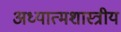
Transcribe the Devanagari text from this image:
अध्यात्मशास्त्रीय